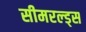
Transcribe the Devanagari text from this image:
सीमरल्ड्स